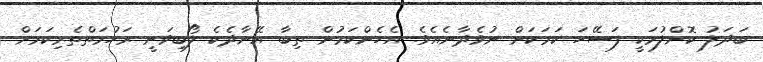
ބަދަލު ކޮށްލުމަކީ ފަސޭހަ ކަމަކަށް ނުވެދާނެއެވެ. އެހެންކަމުން ތިބާ އޭނާދެކެ ލޯބިވަނީ ރަހުމަތްތެރިކަމަށް